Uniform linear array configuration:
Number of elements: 32
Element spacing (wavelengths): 0.25
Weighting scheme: uniform
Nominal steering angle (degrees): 45
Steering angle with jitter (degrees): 43.364
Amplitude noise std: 0.05
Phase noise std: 0.05

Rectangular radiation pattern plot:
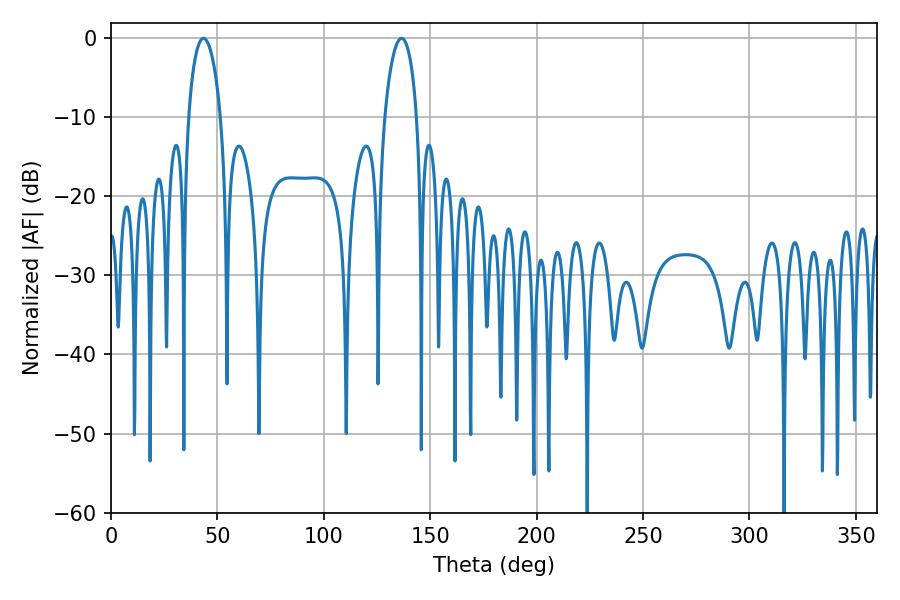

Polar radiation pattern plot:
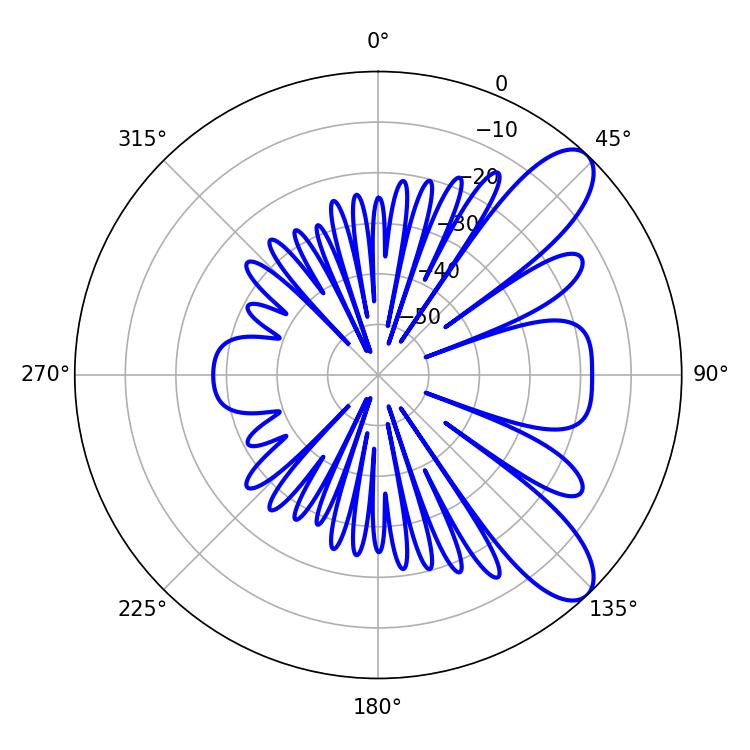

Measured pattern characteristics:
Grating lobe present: FALSE
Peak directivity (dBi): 9.251
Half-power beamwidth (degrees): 8.64
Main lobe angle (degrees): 43.38